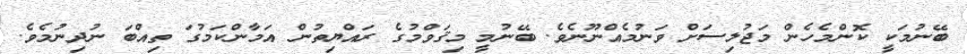
ބޭނުމަކީ ކޮންމެހެން މަޖުލިސަށް ވަނުމެއްނޫނެވެ. ބޭނުމީ މިޤަވްމުގެ ރައްޔިތުން އަމާންކަމުގަ ތިއްބަ ނުދިނުމެވެ.